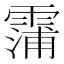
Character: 𮦫